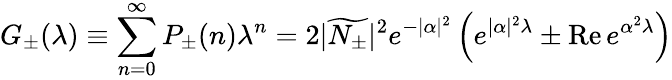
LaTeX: G_{\pm}(\lambda)\equiv\sum_{n=0}^{\infty}P_{\pm}(n)\lambda^{n}=2|\widetilde{N_{\pm}}|^{2}e^{-|\alpha|^{2}}\left(e^{|\alpha|^{2}\lambda}\pm\mathrm{Re}\, e^{\alpha^{2}\lambda}\right)